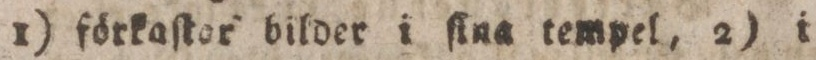
1) förkaſtor bilder i ſina tempel, 2) i